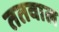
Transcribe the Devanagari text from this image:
ततवाल